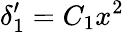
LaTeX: \delta_{1}^{\prime}=C_{1}x^{2}